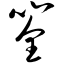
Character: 筌